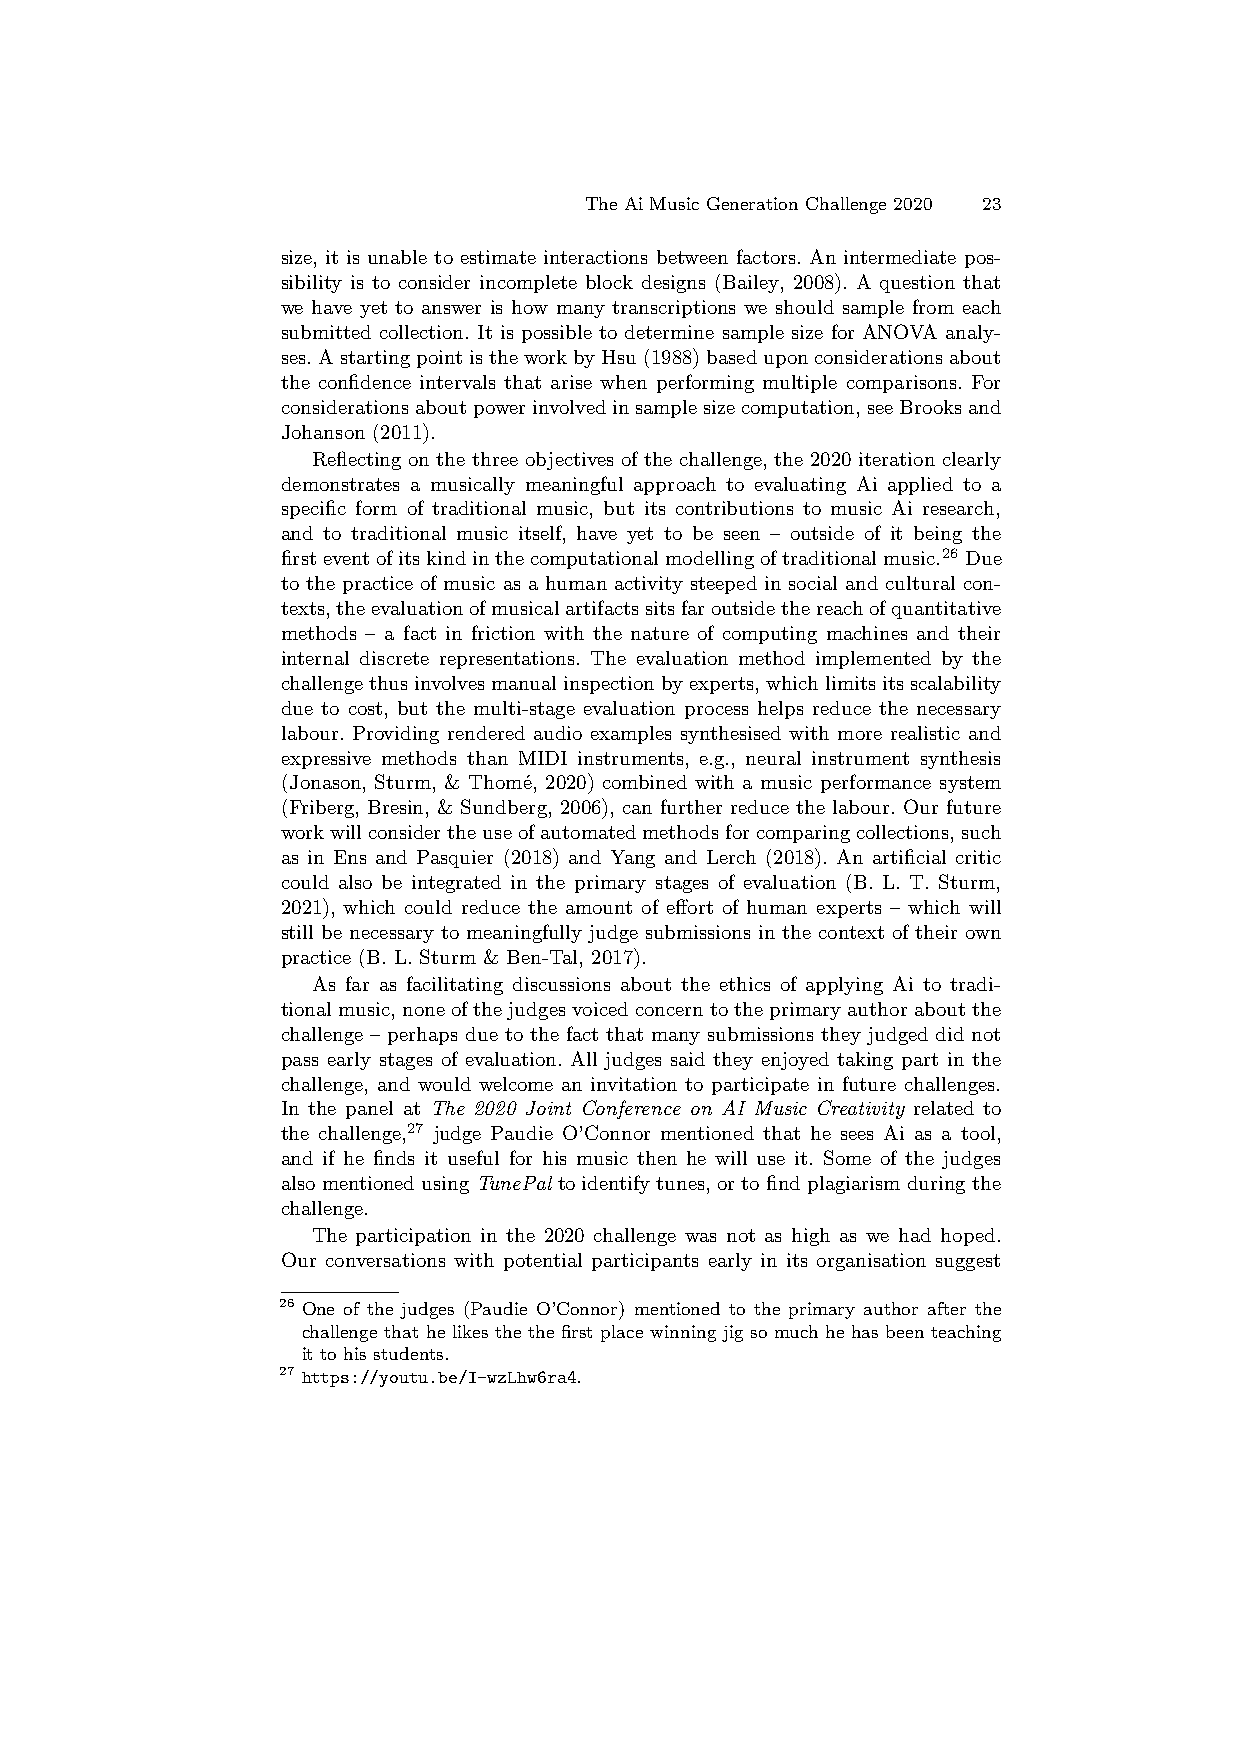
The Ai Music Generation Challenge 2020 23
 size, it is unable to estimate interactions between factors. An intermediate pos-
 sibility is to consider incomplete block designs (Bailey, 2008). A question that
 we have yet to answer is how many transcriptions we should sample from each
 submitted collection. It is possible to determine sample size for ANOVA analy-
 ses.AstartingpointistheworkbyHsu(1988)baseduponconsiderationsabout
 the confidence intervals that arise when performing multiple comparisons. For
 considerationsaboutpowerinvolvedinsamplesizecomputation,seeBrooksand
 Johanson (2011).
 Reflecting on the three objectives of the challenge, the 2020 iteration clearly
 demonstrates a musically meaningful approach to evaluating Ai applied to a
 specific form of traditional music, but its contributions to music Ai research,
 and to traditional music itself, have yet to be seen – outside of it being the
 firsteventofitskindinthecomputationalmodellingoftraditionalmusic.26 Due
 to the practice of music as a human activity steeped in social and cultural con-
 texts,theevaluationofmusicalartifactssitsfaroutsidethereachofquantitative
 methods – a fact in friction with the nature of computing machines and their
 internal discrete representations. The evaluation method implemented by the
 challengethusinvolvesmanualinspectionbyexperts,whichlimitsitsscalability
 due to cost, but the multi-stage evaluation process helps reduce the necessary
 labour. Providing rendered audio examples synthesised with more realistic and
 expressive methods than MIDI instruments, e.g., neural instrument synthesis
 (Jonason, Sturm, & Thom´e, 2020) combined with a music performance system
 (Friberg, Bresin, & Sundberg, 2006), can further reduce the labour. Our future
 workwillconsidertheuseofautomatedmethodsforcomparingcollections,such
 as in Ens and Pasquier (2018) and Yang and Lerch (2018). An artificial critic
 could also be integrated in the primary stages of evaluation (B. L. T. Sturm,
 2021), which could reduce the amount of effort of human experts – which will
 still be necessary to meaningfully judge submissions in the context of their own
 practice (B. L. Sturm & Ben-Tal, 2017).
 As far as facilitating discussions about the ethics of applying Ai to tradi-
 tionalmusic,noneofthejudgesvoicedconcerntotheprimaryauthoraboutthe
 challenge – perhaps due to the fact that many submissions they judged did not
 pass early stages of evaluation. All judges said they enjoyed taking part in the
 challenge, and would welcome an invitation to participate in future challenges.
 In the panel at The 2020 Joint Conference on AI Music Creativity related to
 the challenge,27 judge Paudie O’Connor mentioned that he sees Ai as a tool,
 and if he finds it useful for his music then he will use it. Some of the judges
 alsomentionedusingTunePaltoidentifytunes,ortofindplagiarismduringthe
 challenge.
 The participation in the 2020 challenge was not as high as we had hoped.
 Our conversations with potential participants early in its organisation suggest
 26 One of the judges (Paudie O’Connor) mentioned to the primary author after the
 challenge that he likes the the first place winning jig so much he has been teaching
 it to his students.
 27 https://youtu.be/I-wzLhw6ra4.